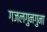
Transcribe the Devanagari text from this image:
गजलगुनगुना